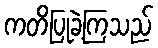
ကတိပြုခဲ့ကြသည်